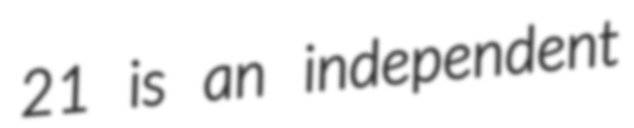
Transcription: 21 is an independent